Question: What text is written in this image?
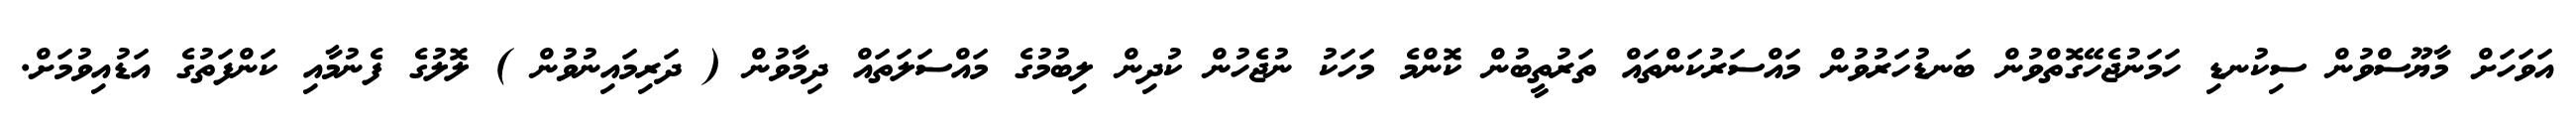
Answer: އަވަހަށް މާޔޫސްވުން ސިކުނޑި ހަމަނުޖެހޭގޮތްވުން ބަނޑުހަރުވުން މައްސަރުކަންތައް ތަރުތީބުން ކޮންމެ މަހަކު ނުޖެހުން ކުދިން ލިބުމުގެ މައްސަލަތައް ދިމާވުން ( ދަރިމައިނުވުން ) ލޮލުގެ ފެނުމާއި ކަންފަތުގެ އަޑުއިވުމަށް.